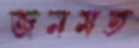
জনমত